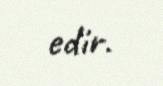
edir.